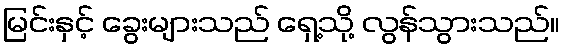
မြင်းနှင့် ခွေးများသည် ရှေ့သို့ လွန်သွားသည်။